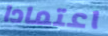
اعتمادا